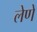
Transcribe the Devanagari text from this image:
लेणें